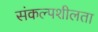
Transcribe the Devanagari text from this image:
संकल्पशीलता